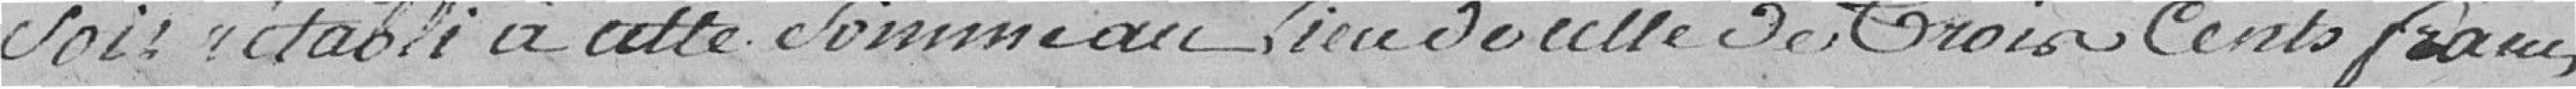
soit établi à cette somme au lieu de celle de trois cents francs.